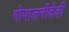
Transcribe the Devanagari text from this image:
गोपालनीदेवी